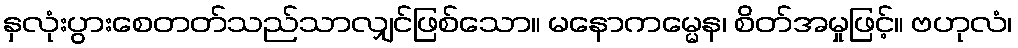
နှလုံးပွားစေတတ်သည်သာလျှင်ဖြစ်သော။ မနောကမ္မေန၊ စိတ်အမှုဖြင့်။ ဗဟုလံ၊